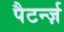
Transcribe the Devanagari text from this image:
पैटर्न्ज़